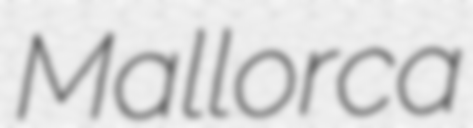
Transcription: Mallorca